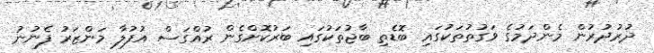
ދުރުދުރުން މެންދަމުގެ ވަގުތުތަކުގައި ބޮޑެތި ބާޖުތަކުގައި ބަރުކޮށްގެން ރުއްގަސް އުފުލާ މަންޒަރު ފެނުނު